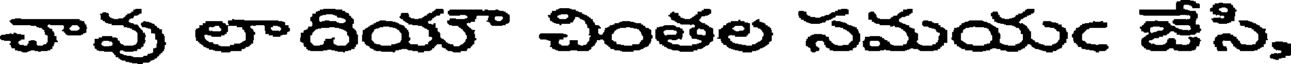
చావు లాదియౌ చింతల సమయఁ జేసి,